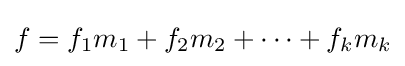
f=f_{1}m_{1}+f_{2}m_{2}+\dotsm +f_{k}m_{k}